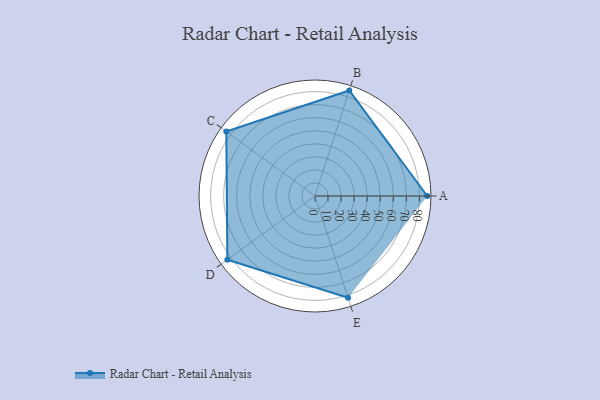
{"axis": {"x": "Skill", "y": "Score"}, "legend": ["Profile"], "data": [{"x": "A", "y": 86.0, "type": "Profile"}, {"x": "B", "y": 85.0, "type": "Profile"}, {"x": "C", "y": 84.0, "type": "Profile"}, {"x": "D", "y": 83.0, "type": "Profile"}, {"x": "E", "y": 82.0, "type": "Profile"}]}